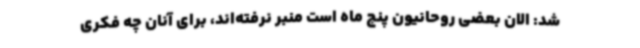
شد: الان بعضی‌ روحانیون پنج ماه است منبر نرفته‌اند، برای آنان چه فکری